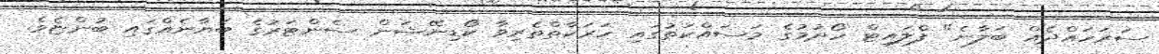
ސަރަހައްދެއް ބަލާނެ" ފްލައިޓް ހޯދުމުގެ މަސައްކަތުގައި ހަރަކާތްތެރިވާ ކޯޑިނޭޝަން ސެންޓަރުގެ ބަޔާނެއްގައި ބުންޏެވެ.